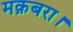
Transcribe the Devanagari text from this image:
मक़बरा।